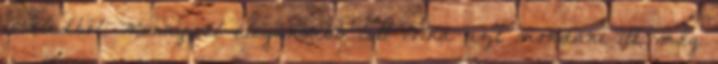
leveledből. Mennyivel elegánsabb lett volna azt mondani itt, még